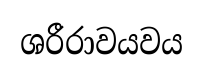
ශරීරාවයවය